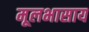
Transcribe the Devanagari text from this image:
मूलभासाय